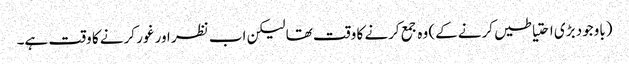
(باوجود بڑی احتیاطیں کرنے کے) وہ جمع کرنے کا وقت تھا لیکن اب نظر اور غور کرنے کا وقت ہے۔